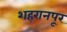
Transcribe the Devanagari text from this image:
शहरानपूर